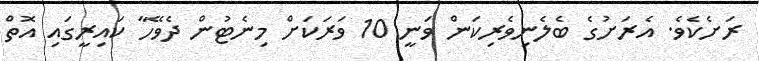
ރަށެކެވެ. އެރަށުގެ ބެލެނިވެރިކަން ވަނީ 10 ވަރަކަށް މިނެޓުން ދެވޭހާ ކައިރީގައި އޮތް